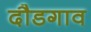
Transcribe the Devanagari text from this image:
दौडगाव